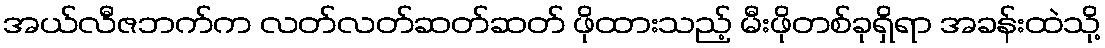
အယ်လီဇဘက်က လတ်လတ်ဆတ်ဆတ် ဖိုထားသည့် မီးဖိုတစ်ခုရှိရာ အခန်းထဲသို့